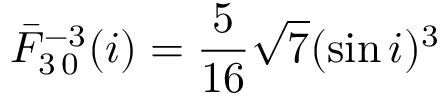
\bar { F } _ { 3 \, 0 } ^ { - 3 } ( i ) = \frac { 5 } { 1 6 } \sqrt { 7 } ( \sin i ) ^ { 3 }